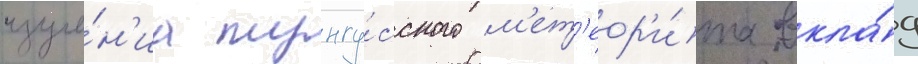
изуче́н'иа тунгу́сского м'ет'еор'и́та вкла́д